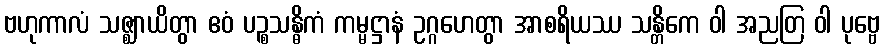
ဗဟုကာလံ သဇ္ဈာယိတွာ ဧဝံ ပဉ္စသန္ဓိကံ ကမ္မဋ္ဌာနံ ဥဂ္ဂဟေတွာ အာစရိယဿ သန္တိကေ ဝါ အညတြ ဝါ ပုဗ္ဗေ